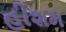
હીશમ